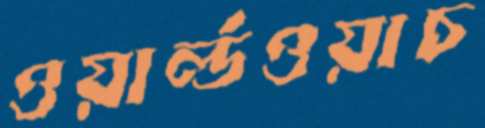
ওয়ার্ল্ডওয়াচ